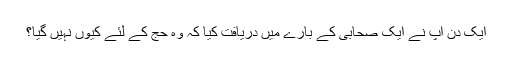
ایک دن آپ نے ایک صحابی کے بارے میں دریافت کیا کہ وہ حج کے لئے کیوں نہیں گیا؟